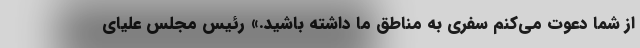
از شما دعوت می‌کنم سفری به مناطق ما داشته باشید.» رئیس مجلس علیای